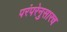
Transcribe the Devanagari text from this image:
परंपरेनुसारच